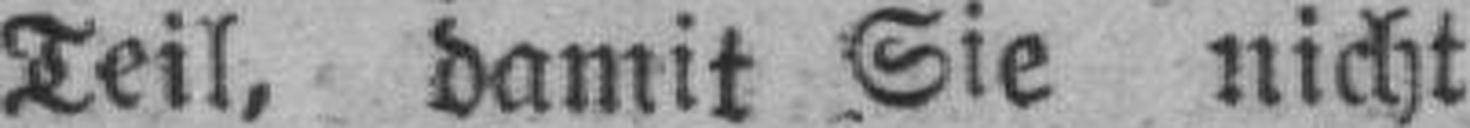
Teil, damit Sie nicht